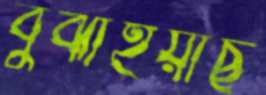
বুঝাইয়াছ